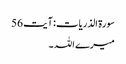
سورۃ الذریات: آیت 56
میرے اللہ ۔